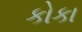
કોકા